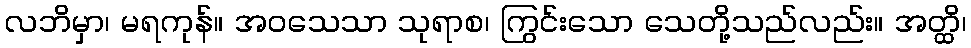
လဘိမှာ၊ မရကုန်။ အဝသေသာ သုရာစ၊ ကြွင်းသော သေတို့သည်လည်း။ အတ္ထိ၊